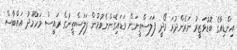
އިންޑިއާގެ ބޮޑުވަޒީރު ނަރެންދުރަ މޯދީ ފަލަސްތީނަށް ވަޑައިގެންނެވުމުން ފަލަސްތީނުގެ ރައީސް މަހްމޫދު އައްބާސް